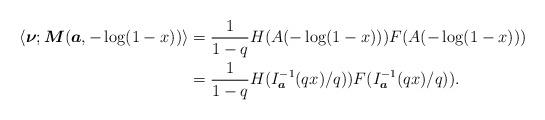
LaTeX: \begin{align*} \left\langle \boldsymbol{\nu}; {\boldsymbol{M}}(\boldsymbol{a},-\log(1-x))\right \rangle &=\frac{1}{1-q} H(A(-\log(1-x)))F(A(-\log(1-x)))\\&=\frac{1}{1-q} H(I^{-1}_{\boldsymbol{a}}(qx)/q))F(I^{-1}_{\boldsymbol{a}}(qx)/q)).\end{align*}